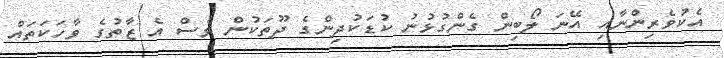
އެކުވެރިންނާއި އޭނަ ލޯބިން ގެންގުޅުނު ކުޑަކުދިންގެ ދޫތަކުން ވެސް އެ ޒާތުގެ ވާހަކަތައް